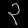
Digit: ၃